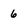
Character: 6